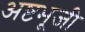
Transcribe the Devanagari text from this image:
अष्टभूजी